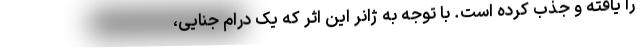
را یافته و جذب کرده است. با توجه به ژانر این اثر که یک درام جنایی،